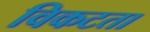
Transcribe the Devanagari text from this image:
विकटता